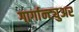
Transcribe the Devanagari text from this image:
गार्गान्ट्युअर